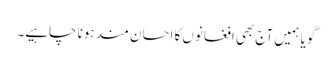
گویا ہمیں آج بھی افغانوں کا احسان مند ہونا چاہیے۔